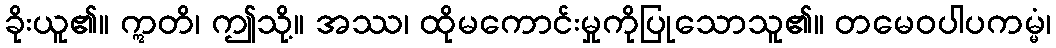
ခိုးယူ၏။ ဣတိ၊ ဤသို့။ အဿ၊ ထိုမကောင်းမှုကိုပြုသောသူ၏။ တမေဝပါပကမ္မံ၊